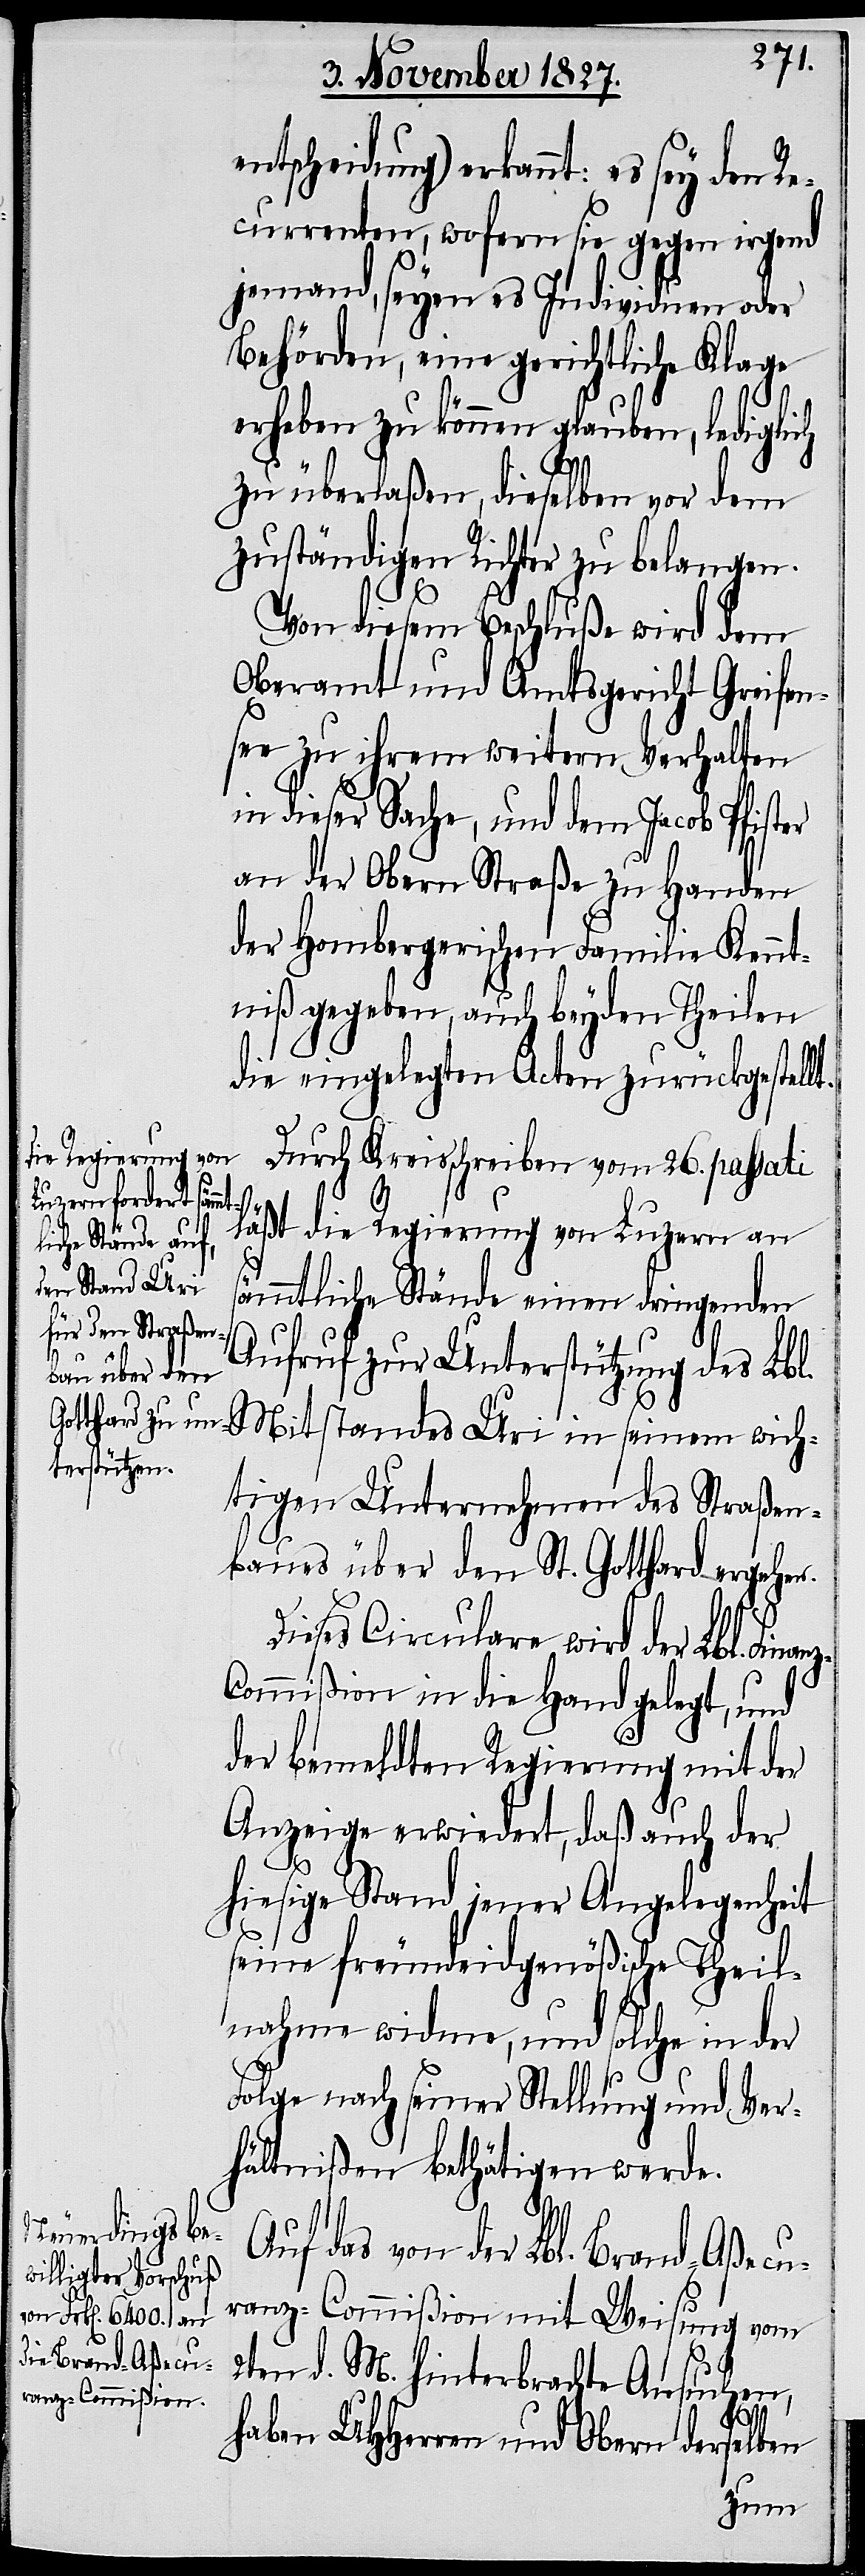
entscheidung) erkannt: es sey den Re¬
currenten, wofern sie gegen irgend
jemand, seyen es Individuen oder
Behörden, eine gerichtliche Klage
erheben zu können glauben, lediglich
zu überlaßen, dieselben vor dem
zuständigen Richter zu belangen.
Von diesem Beschluße wird dem
Oberamt und Amtsgericht Greifen¬
see zu ihrem weitern Verhalten
in dieser Sache, und dem Jacob Pfister
an der Obern Straße zu Handen
der Hombergerischen Familie Kennt¬
niß gegeben, auch beyden Theilen
A¬
die eingelegten Acten zurückgestellt.
Durch Kreisschreiben vom 26. passati
z-C¬
se¬
läßt die Regierung von Luzern an
sämmtliche Stände einen dringenden
Aufruf zur Unterstützung des Lbl.
htigen Unternehmen des Straßen¬
baues über den St. Gotthard ergehen.
Dieses Circulare wird der Lbl. Fin¬
ommißion in die Hand gelegt, und
der bemeldeten Regierung mit der
Anzeige erwiedert, daß auch der
hiesige Stand jener Angelegenheit
seine freundeidgenößische Theil¬
nahme widme, und solche in der
Folge nach seiner Stellung und Ver¬
hältnißen bethätigen werde.
uf das von der Lbl. Brand-Aßecu¬
ranz-Commißion mit Weisung vom
2ten d. M. hinterbrachten Ansuchen,
haben UHHerren und Obern derselben